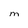
Character: M